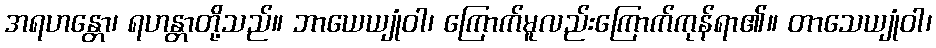
အရဟန္တော၊ ရဟန္တာတို့သည်။ ဘာယေယျုံဝါ၊ ကြောက်မူလည်းကြောက်ကုန်ရာ၏။ တာသေယျုံဝါ၊